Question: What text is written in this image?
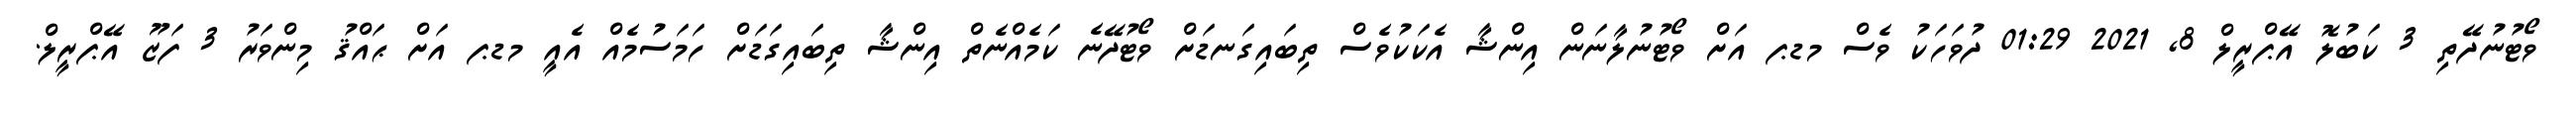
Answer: ވޯޓުނުދޭތި 3 ކަބުލޮ އޭޕްރީލް 8, 2021 01:29 ދުވަހަކު ވެސް މޑޕ އަށް ވޯޓުނުލާނަން އިންޝާ އެކަކުވެސް ތިބައިގަނޑަށް ވޯޓުދޭނެ ކަމެއްނެތް އިންޝާ ތިބައިގަޑަށް ހަމަސުމެއް އެއީ މޑޕ އަށް ޙައްޤު މިންވަރު 3 ފަޒޫ އޭޕްރީލް.